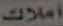
أملاك